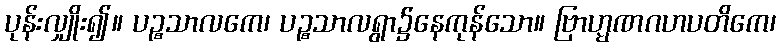
ပုန်းလျှိုး၍။ ပဉ္စသာလကေ၊ ပဉ္စသာလရွာ၌နေကုန်သော။ ဗြာဟ္မဏဂဟပတိကေ၊